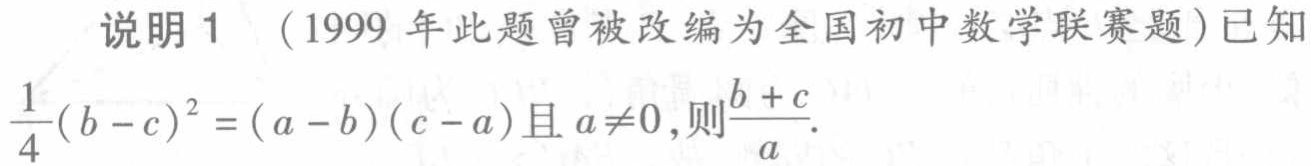
说明1 （1999年此题曾被改编为全国初中数学联赛题）已知$\frac{1}{4}(b - c)^{2} = (a - b)(c - a)$且$a\neq0$,则$\frac{b + c}{a}$.